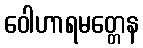
ဝေါဟာရမတ္တေန